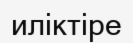
иліктіре